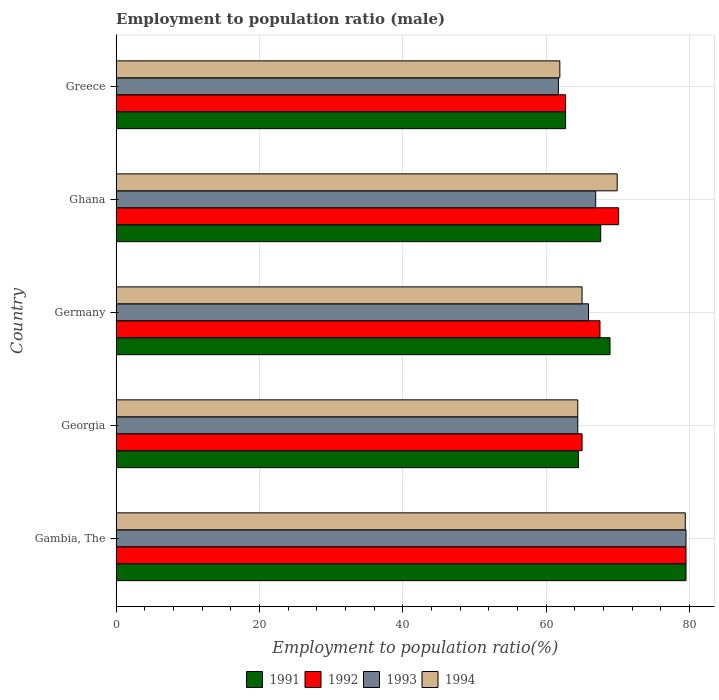
| Country | 1991 | 1992 | 1993 | 1994 |
 | --- | --- | --- | --- | --- |
 | Gambia, The | 79.5 | 79.5 | 79.5 | 79.4 |
 | Georgia | 64.5 | 65 | 64.4 | 64.4 |
 | Germany | 68.9 | 67.5 | 65.9 | 65 |
 | Ghana | 67.6 | 70.1 | 66.9 | 69.9 |
 | Greece | 62.7 | 62.7 | 61.7 | 61.9 |